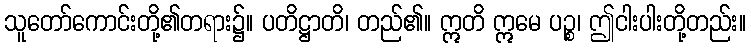
သူတော်ကောင်းတို့၏တရား၌။ ပတိဋ္ဌာတိ၊ တည်၏။ ဣတိ ဣမေ ပဉ္စ၊ ဤငါးပါးတို့တည်း။